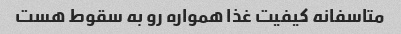
متاسفانه کیفیت غذا همواره رو به سقوط هست